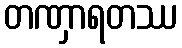
တဏှာရတဿ